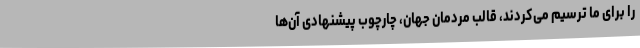
را برای ما ترسیم می‌کردند، قالب مردمان جهان، چارچوب پیشنهادی آن‌ها